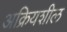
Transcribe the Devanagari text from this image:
अक्रियशील